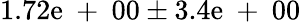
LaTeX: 1.72\mathrm{e}\mathrm{{~+~}}00\pm3.4\mathrm{e}\mathrm{{~+~}}00